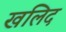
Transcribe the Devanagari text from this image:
खलिद